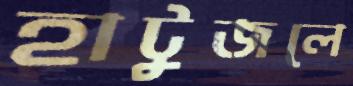
হাটুজলে